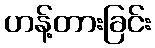
ဟန့်တားခြင်း